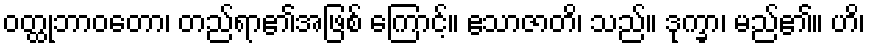
ဝတ္ထုဘာဝတော၊ တည်ရာ၏အဖြစ် ကြောင့်။ ဧသာဇာတိ၊ သည်။ ဒုက္ခာ၊ မည်၏။ ဟိ၊